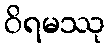
ဝိရမဿု